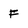
Character: F